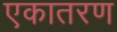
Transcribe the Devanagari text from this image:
एकातरण